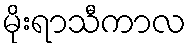
မိုးရာသီကာလ